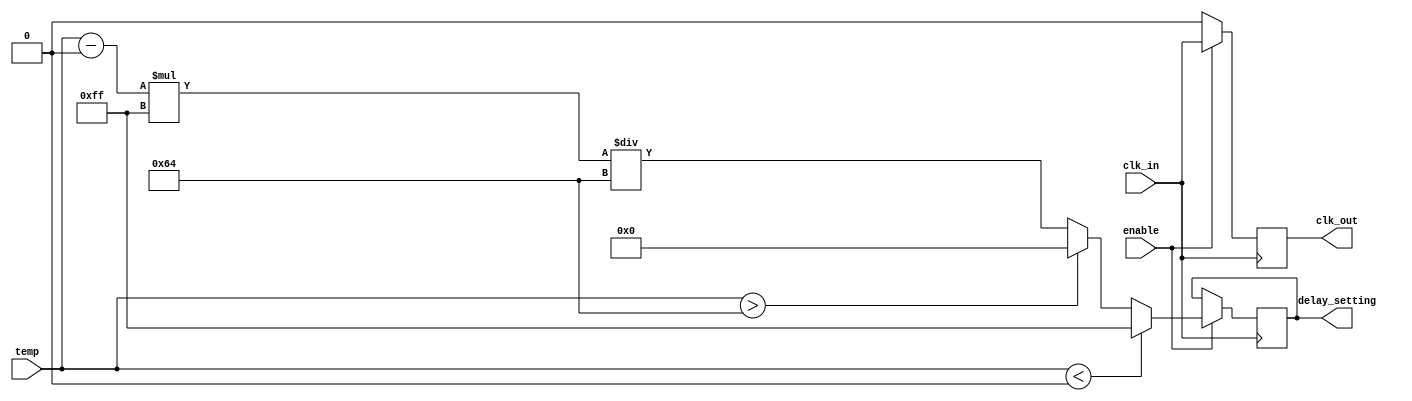
module temp_compensated_clock_buffer (
    input wire clk_in,         // Input clock signal
    input wire [7:0] temp,     // Temperature input (e.g., from a sensor)
    input wire enable,         // Enable signal for the buffer
    output reg clk_out,        // Output clock signal
    output reg [7:0] delay_setting // Delay setting for compensation
);

    // Parameters for temperature compensation
    parameter TEMP_MIN = 8'd0;   // Minimum temperature
    parameter TEMP_MAX = 8'd100;  // Maximum temperature
    parameter DELAY_MAX = 8'd255; // Maximum delay setting

    // Internal signals
    reg [7:0] compensation_delay;

    // Compensation logic based on temperature
    always @(*) begin
        if (temp < TEMP_MIN) begin
            compensation_delay = DELAY_MAX; // Max delay for low temp
        end else if (temp > TEMP_MAX) begin
            compensation_delay = 8'd0; // No delay for high temp
        end else begin
            // Linear mapping of temperature to delay setting
            compensation_delay = (temp - TEMP_MIN) * DELAY_MAX / (TEMP_MAX - TEMP_MIN);
        end
    end

    // Clock buffering with compensation
    always @(posedge clk_in) begin
        if (enable) begin
            // Introduce delay based on compensation logic
            #compensation_delay clk_out <= clk_in; // Delay the output clock
        end else begin
            clk_out <= 1'b0; // Disable output clock if not enabled
        end
    end

    // Output delay setting for monitoring purposes
    always @(posedge clk_in) begin
        if (enable) begin
            delay_setting <= compensation_delay; // Update delay setting
        end
    end

endmodule